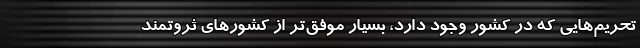
تحریم‌هایی که در کشور وجود دارد، بسیار موفق‌تر از کشورهای ثروتمند